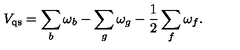
V _ { \mathrm { q s } } = \sum _ { b } \omega _ { b } - \sum _ { g } \omega _ { g } - \frac { 1 } { 2 } \sum _ { f } \omega _ { f } .